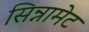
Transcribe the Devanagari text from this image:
सिन्नामेट